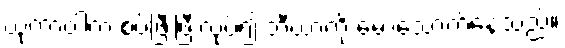
ယုကာဝါက စပ်ဖြီးဖြီးလုပ်၍ ဘီယာကို မော့သောက်နေသည်။